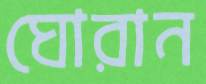
ঘোরান